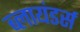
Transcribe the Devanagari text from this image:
ब्लायंडर्स